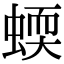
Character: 蝡